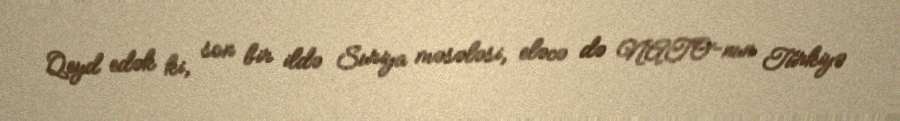
Qeyd edək ki, son bir ildə Suriya məsələsi, eləcə də NATO-nun Türkiyə